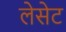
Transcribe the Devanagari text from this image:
लेसेट